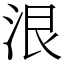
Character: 泿